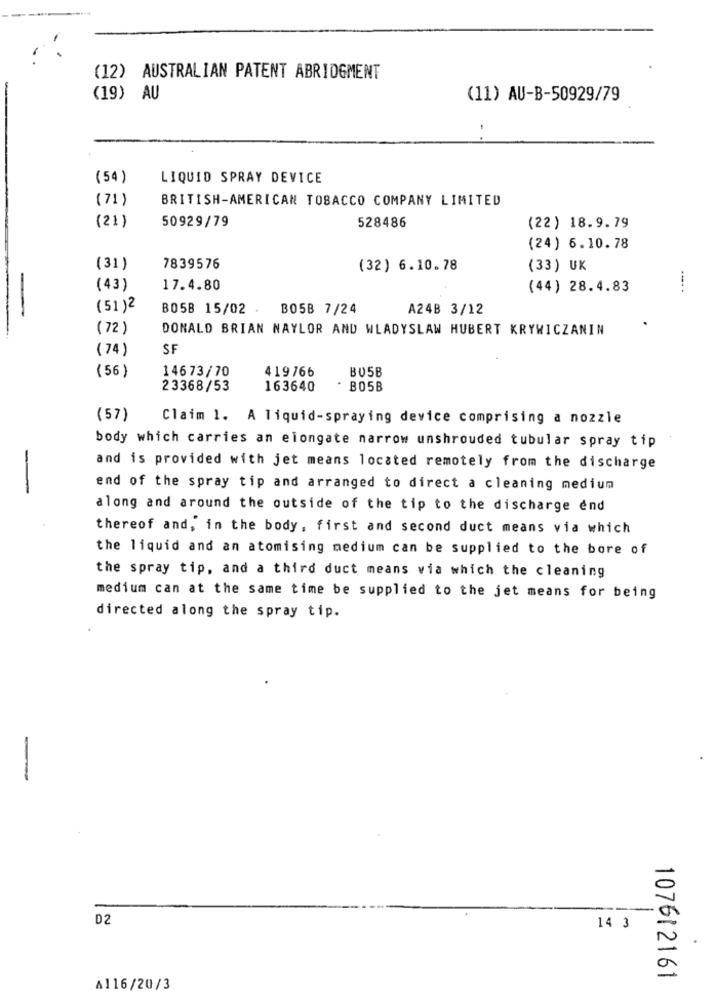
(12) AUSTRALIAN PATENT ABRIOGMENT
(19) AU
(11) AU-B-50929/79
..
(54 )
LIQUID SPRAY DEVICE
(71 )
BRITISH-AMERICAN TOBACCO COMPANY LIMITED
(21)
50929/79
528486
(22) 18.9.79
(24) 6.10.78
(31)
7839576
(32) 6.10.78
(33) UK
(43)
17.4.80
(44) 28.4.83
(51)2
B05B 15/02
B05B 7/24
A24B 3/12
(72 )
DONALD BRIAN NAYLOR AND WLADYSLAW HUBERT KRYWICZANIN
(74)
SF
14673/70
419766
BU5B
(56)
23368/53
163640
B05B
(57)
Claim 1. A liquid-spraying device comprising a nozzle
body which carries an elongate narrow unshrouded tubular spray tip
and is provided with jet means located remotely from the discharge
end of the spray tip and arranged to direct a cleaning medium
along and around the outside of the tip to the discharge end
thereof and, in the body, first and second duct means via which
the liquid and an atomising medium can be supplied to the bore of
the spray tip, and a third duct means via which the cleaning
medium can at the same time be supplied to the jet means for being
directed along the spray tip.
-
D2
-
14 3
N
107612161
A116/20/3